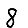
Digit: 8